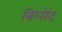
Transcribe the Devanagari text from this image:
बिलोंद